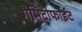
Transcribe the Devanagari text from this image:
गैमिटोफाईट